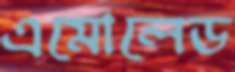
এমোলেড